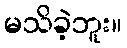
မသိခဲ့ဘူး။